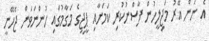
އެ ނަން އޭރު މަޖިލީހުން ފާސްނުކުރި ކަމަށާއި ޕީޖީގެ މަގާމުގައި ހުންނަވަން ޖެހޭނީ